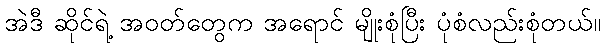
အဲဒီ ဆိုင်ရဲ့ အဝတ်တွေက အရောင် မျိုးစုံပြီး ပုံစံလည်းစုံတယ်။